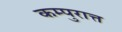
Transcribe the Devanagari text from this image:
कम्पुरात्त